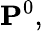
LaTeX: \mathbf{P}^{0},